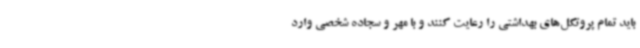
باید تمام پروتکل‌های بهداشتی را رعایت کنند و با مهر و سجاده شخصی وارد